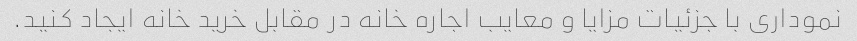
نموداری با جزئیات مزایا و معایب اجاره خانه در مقابل خرید خانه ایجاد کنید.